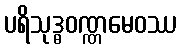
ပရိသုဒ္ဓဝဏ္ဏမေဝဿ